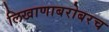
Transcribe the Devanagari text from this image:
लिखाणाबरोबरच